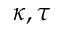
\kappa , \tau